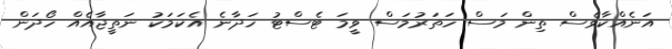
އަނެއްކާވެސް ތިން މަސް ހަތަރުމަސް ވީމަ ޓެސްޓު ހަދާނެ އެކަމަކު ނަތީޖާއެއް ހޯދަން